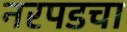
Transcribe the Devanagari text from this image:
नरपडचा